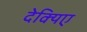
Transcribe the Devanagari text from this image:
देक्यिए